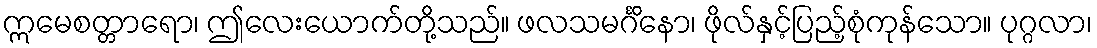
ဣမေစတ္တာရော၊ ဤလေးယောက်တို့သည်။ ဖလသမင်္ဂိနော၊ ဖိုလ်နှင့်ပြည့်စုံကုန်သော။ ပုဂ္ဂလာ၊